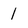
Character: 1